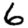
Digit: 6